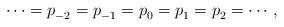
LaTeX: \begin{align*} \cdots =p_{-2}^{}= p_{-1}^{}= p_0^{}=p_{1}^{}=p_2^{}=\cdots, \end{align*}